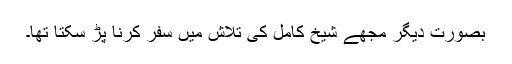
بصورت دیگر مجھے شیخ کامل کی تلاش میں سفر کرنا پڑ سکتا تھا۔